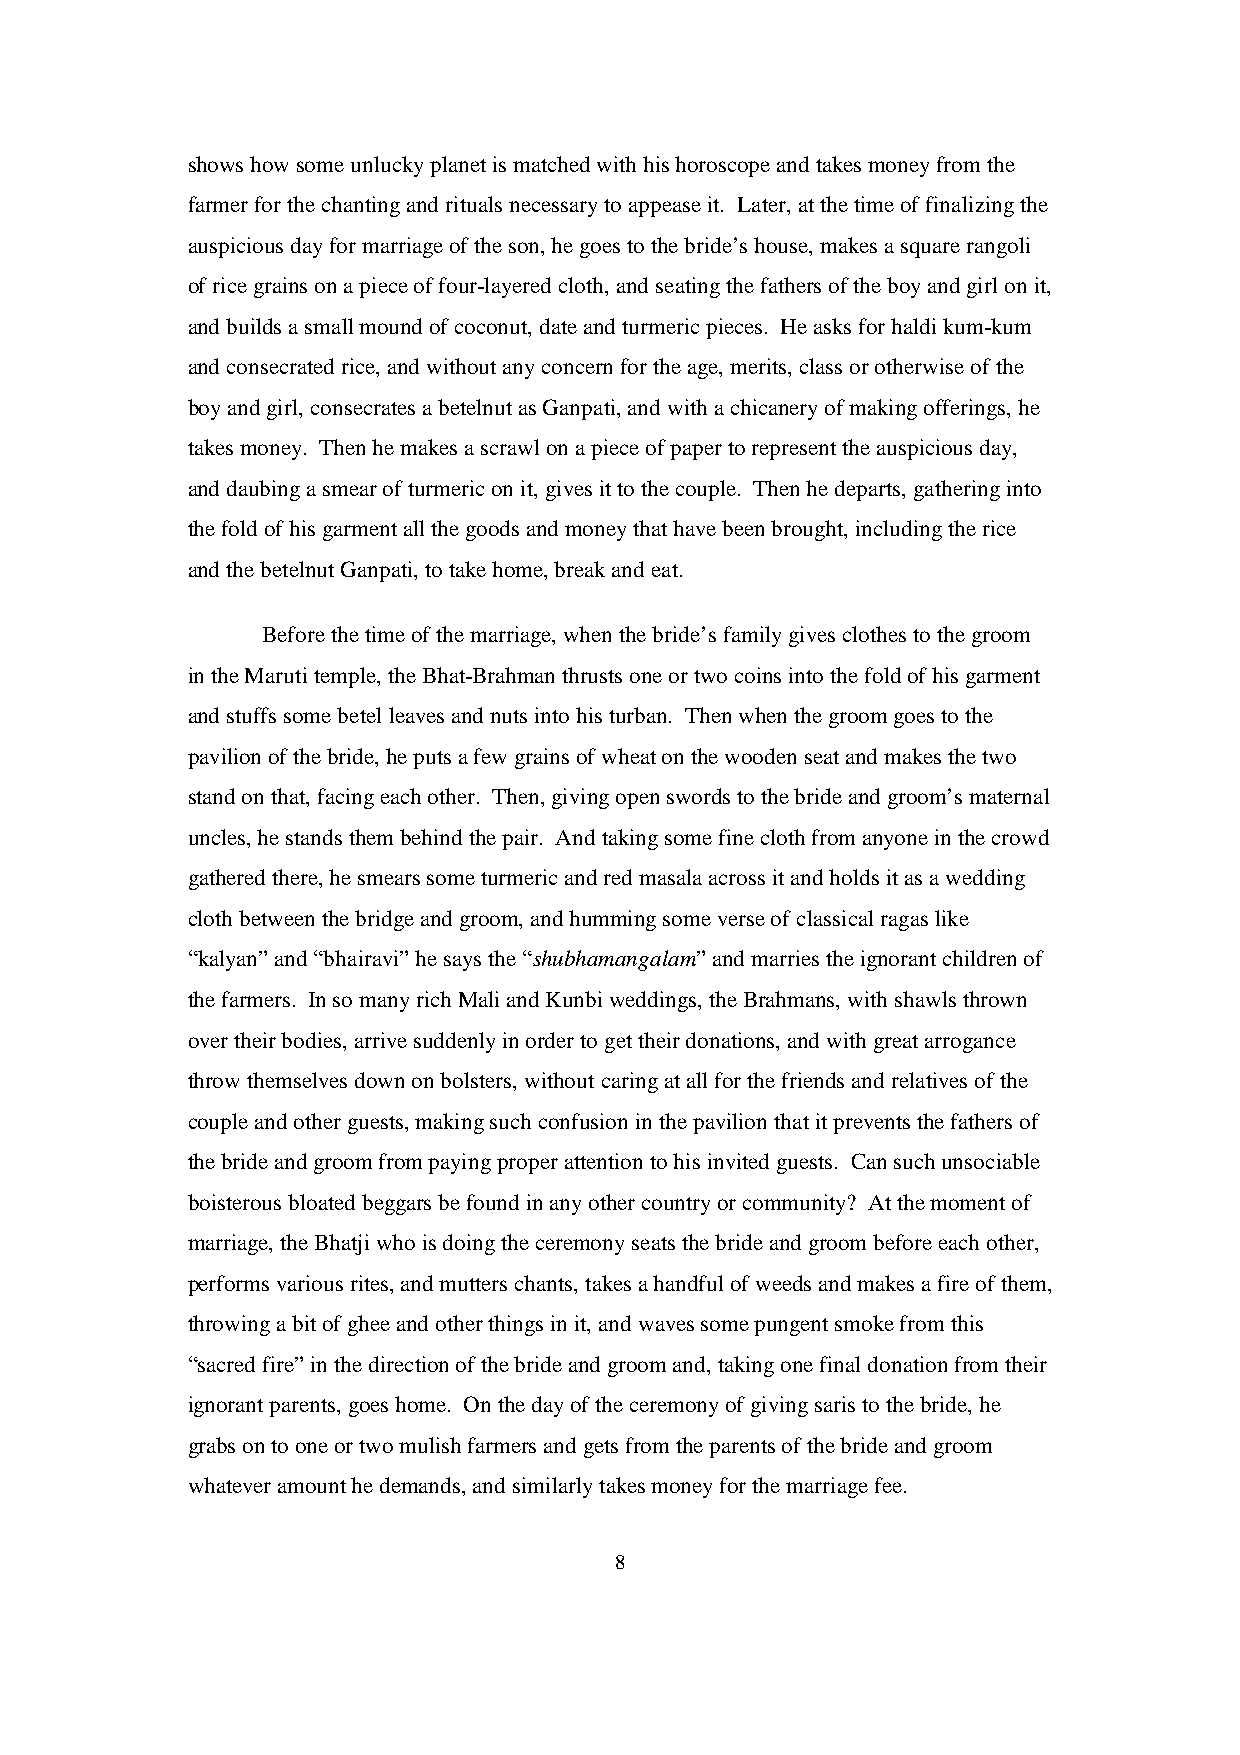
shows how some unlucky planet is matched with his horoscope and takes money from the
 farmer for the chanting and rituals necessary to appease it. Later, at the time of finalizing the
 auspicious day for marriage of the son, he goes to the bride’s house, makes a square rangoli
 of rice grains on a piece of four-layered cloth, and seating the fathers of the boy and girl on it,
 and builds a small mound of coconut, date and turmeric pieces. He asks for haldi kum-kum
 and consecrated rice, and without any concern for the age, merits, class or otherwise of the
 boy and girl, consecrates a betelnut as Ganpati, and with a chicanery of making offerings, he
 takes money. Then he makes a scrawl on a piece of paper to represent the auspicious day,
 and daubing a smear of turmeric on it, gives it to the couple. Then he departs, gathering into
 the fold of his garment all the goods and money that have been brought, including the rice
 and the betelnut Ganpati, to take home, break and eat.
 Before the time of the marriage, when the bride’s family gives clothes to the groom
 in the Maruti temple, the Bhat-Brahman thrusts one or two coins into the fold of his garment
 and stuffs some betel leaves and nuts into his turban. Then when the groom goes to the
 pavilion of the bride, he puts a few grains of wheat on the wooden seat and makes the two
 stand on that, facing each other. Then, giving open swords to the bride and groom’s maternal
 uncles, he stands them behind the pair. And taking some fine cloth from anyone in the crowd
 gathered there, he smears some turmeric and red masala across it and holds it as a wedding
 cloth between the bridge and groom, and humming some verse of classical ragas like
 “kalyan” and “bhairavi” he says the “shubhamangalam” and marries the ignorant children of
 the farmers. In so many rich Mali and Kunbi weddings, the Brahmans, with shawls thrown
 over their bodies, arrive suddenly in order to get their donations, and with great arrogance
 throw themselves down on bolsters, without caring at all for the friends and relatives of the
 couple and other guests, making such confusion in the pavilion that it prevents the fathers of
 the bride and groom from paying proper attention to his invited guests. Can such unsociable
 boisterous bloated beggars be found in any other country or community? At the moment of
 marriage, the Bhatji who is doing the ceremony seats the bride and groom before each other,
 performs various rites, and mutters chants, takes a handful of weeds and makes a fire of them,
 throwing a bit of ghee and other things in it, and waves some pungent smoke from this
 “sacred fire” in the direction of the bride and groom and, taking one final donation from their
 ignorant parents, goes home. On the day of the ceremony of giving saris to the bride, he
 grabs on to one or two mulish farmers and gets from the parents of the bride and groom
 whatever amount he demands, and similarly takes money for the marriage fee.
 8